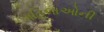
મહિલાઓની